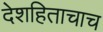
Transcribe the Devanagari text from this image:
देशहिताचाच